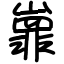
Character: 㠑